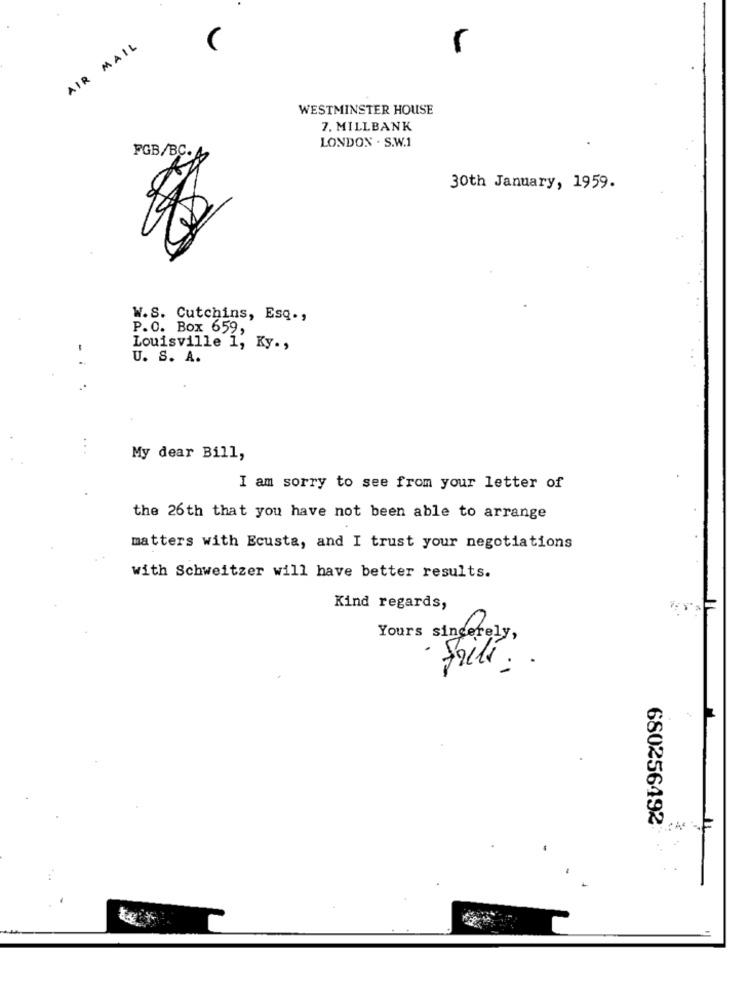
AIR MAIL
WESTMINSTER HOUSE
7. MILLBANK
LONDON . S.W.1
FGB/BC.A
30th January, 1959.
W.S. Cutchins, Esq .,
P.O. Box 659,
Louisville 1, Ky .,
U. S. A.
My dear Bill,
I am sorry to see from your letter of
the 26th that you have not been able to arrange
matters with Ecusta, and I trust your negotiations
with Schweitzer will have better results.
Kind regards,
Yours sincerely,
- faili . .
680256492